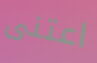
اعتنى